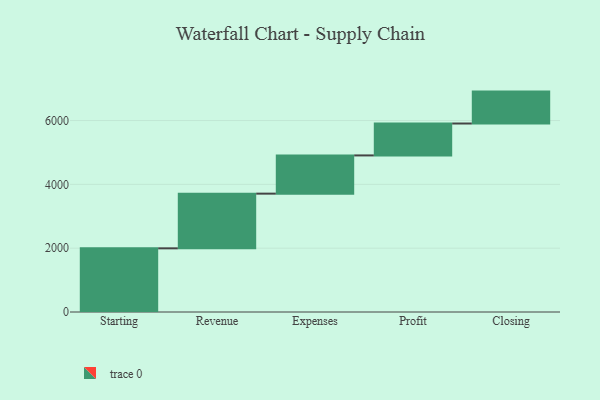
{"axis": {"x": "Step", "y": "Value"}, "legend": [""], "data": [{"x": "Starting", "y": 1995.0, "type": ""}, {"x": "Revenue", "y": 1714.0, "type": ""}, {"x": "Expenses", "y": 1198.0, "type": ""}, {"x": "Profit", "y": 1000, "type": ""}, {"x": "Closing", "y": 1000, "type": ""}]}